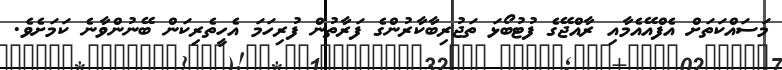
މަސައްކަތަށް އެފްއޭއެމާއި ރާއްޖޭގެ ފުޓުބޯޅަ ތަޖުރިބާކާރުންގެ ފަރާތުން ފުރިހަމަ އެހީތެރިކަން ބޭނުންވާނެ ކަމަށެވެ.